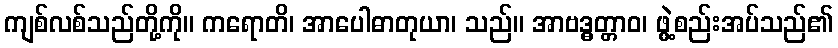
ကျစ်လစ်သည်တို့ကို။ ကရောတိ၊ အာပေါဓာတုယာ၊ သည်။ အာဗဒ္ဓတ္တာဝ၊ ဖွဲ့စည်းအပ်သည်၏